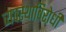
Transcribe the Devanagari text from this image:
व्यवस्थाविरोधी